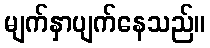
မျက်နှာပျက်နေသည်။